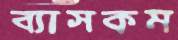
ব্যাসকম